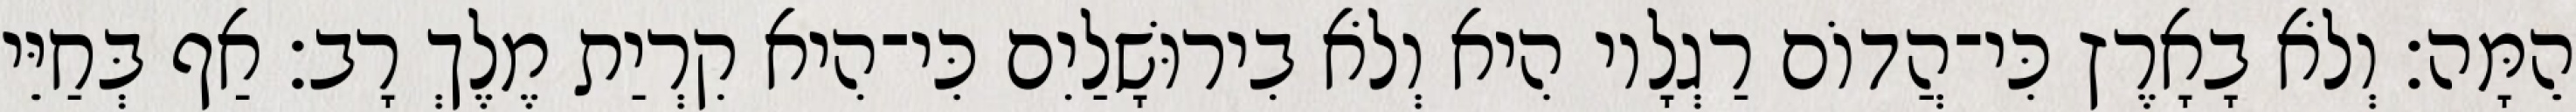
הֵמָּה׃ וְלֹא בָאָרֶץ כִּי־הֲדוֹם רַגְלָיו הִיא וְלֹא בִירוּשָׁלַיִם כִּי־הִיא קִרְיַת מֶלֶךְ רָב׃ אַף בְּחַיֵּי